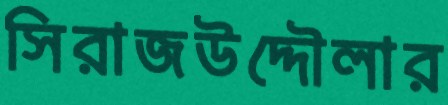
সিরাজউদ্দৌলার